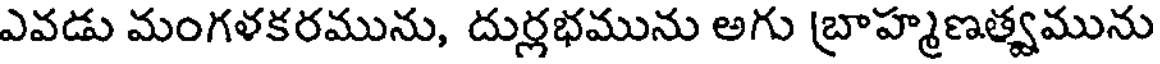
ఎవడు మంగళకరమును, దుర్లభమును అగు బ్రాహ్మణత్వమును